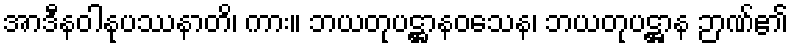
အာဒီနဝါနုပဿနာတိ၊ ကား။ ဘယတုပဋ္ဌာနဝသေန၊ ဘယတုပဋ္ဌာန ဉာဏ်၏